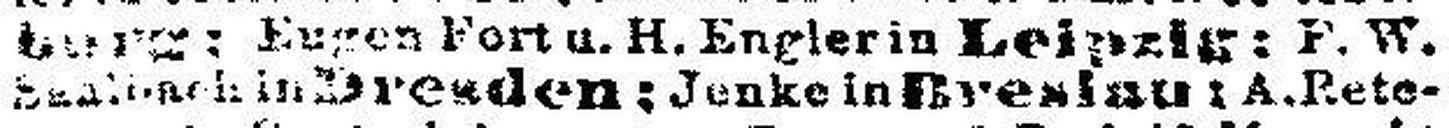
### in Dresden; Jenke in Breslau: A. ###ete¬